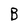
Character: B